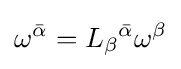
\omega ^{\bar {\alpha }}=L_{\beta }{}^{\bar {\alpha }}\omega ^{\beta }